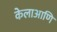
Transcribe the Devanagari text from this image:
केलाआणि